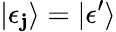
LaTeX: |\epsilon_{\mathbf{j}}\rangle=|\epsilon^{\prime}\rangle